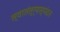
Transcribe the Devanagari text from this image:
स्वातंत्र्यस्पंदन